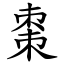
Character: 棗